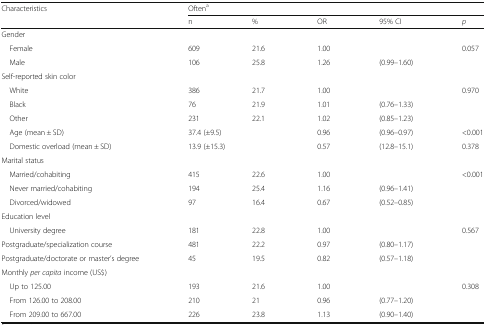
<table><thead><tr><td rowspan="2"><b>Characteristics</b></td><td colspan="5"><b>Often<sup>a</sup></b></td></tr><tr><td><b>n</b></td><td><b>%</b></td><td><b>OR</b></td><td><b>95% CI</b></td><td><b><i>p</i></b></td></tr></thead><tbody><tr><td colspan="6">Gender</td></tr><tr><td> Female</td><td>609</td><td>21.6</td><td>1.00</td><td></td><td rowspan="2">0.057</td></tr><tr><td> Male</td><td>106</td><td>25.8</td><td>1.26</td><td>(0.99–1.60)</td></tr><tr><td colspan="6">Self-reported skin color</td></tr><tr><td> White</td><td>386</td><td>21.7</td><td>1.00</td><td></td><td rowspan="3">0.970</td></tr><tr><td> Black</td><td>76</td><td>21.9</td><td>1.01</td><td>(0.76–1.33)</td></tr><tr><td> Other</td><td>231</td><td>22.1</td><td>1.02</td><td>(0.85–1.23)</td></tr><tr><td> Age (mean ± SD)</td><td colspan="2">37.4 (±9.5)</td><td>0.96</td><td>(0.96–0.97)</td><td>&lt;0.001</td></tr><tr><td> Domestic overload (mean ± SD)</td><td colspan="2">13.9 (±15.3)</td><td>0.57</td><td>(12.8–15.1)</td><td>0.378</td></tr><tr><td colspan="6">Marital status</td></tr><tr><td> Married/cohabiting</td><td>415</td><td>22.6</td><td>1.00</td><td></td><td rowspan="3">&lt;0.001</td></tr><tr><td> Never married/cohabiting</td><td>194</td><td>25.4</td><td>1.16</td><td>(0.96–1.41)</td></tr><tr><td> Divorced/widowed</td><td>97</td><td>16.4</td><td>0.67</td><td>(0.52–0.85)</td></tr><tr><td colspan="6">Education level</td></tr><tr><td> University degree</td><td>181</td><td>22.8</td><td>1.00</td><td></td><td rowspan="3">0.567</td></tr><tr><td>Postgraduate/specialization course</td><td>481</td><td>22.2</td><td>0.97</td><td>(0.80–1.17)</td></tr><tr><td>Postgraduate/doctorate or master’s degree</td><td>45</td><td>19.5</td><td>0.82</td><td>(0.57–1.18)</td></tr><tr><td colspan="6">Monthly <i>per capita</i> income (US$)</td></tr><tr><td> Up to 125.00</td><td>193</td><td>21.6</td><td>1.00</td><td></td><td rowspan="3">0.308</td></tr><tr><td> From 126.00 to 208.00</td><td>210</td><td>21</td><td>0.96</td><td>(0.77–1.20)</td></tr><tr><td> From 209.00 to 667.00</td><td>226</td><td>23.8</td><td>1.13</td><td>(0.90–1.40)</td></tr></tbody></table>